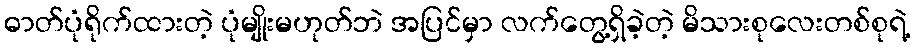
ဓာတ်ပုံရိုက်ထားတဲ့ ပုံမျိုးမဟုတ်ဘဲ အပြင်မှာ လက်တွေ့ရှိခဲ့တဲ့ မိသားစုလေးတစ်စုရဲ့